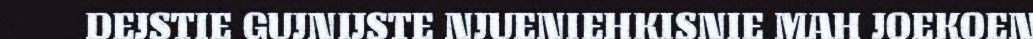
DEJSTIE GUJNIJSTE NJUENIEHKISNIE MAH JOEKOEN